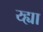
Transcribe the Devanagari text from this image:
य्ह्या